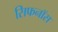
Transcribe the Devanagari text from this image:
सिफनॉस